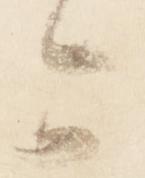
可